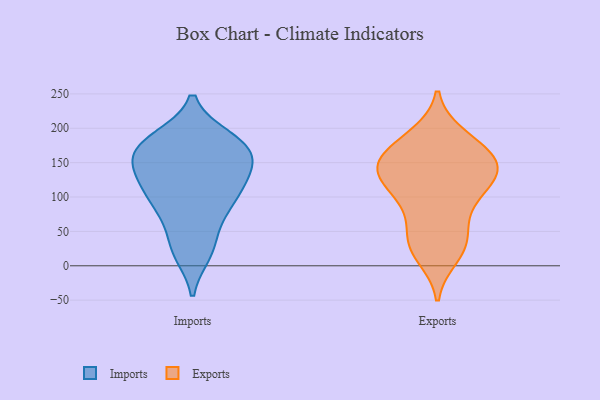
{"axis": {"x": "Satisfaction Score", "y": "Value"}, "legend": ["Exports", "Imports"], "data": [{"x": "", "y": 131, "type": "Imports"}, {"x": "", "y": 110, "type": "Imports"}, {"x": "", "y": 76, "type": "Imports"}, {"x": "", "y": 24, "type": "Imports"}, {"x": "", "y": 127, "type": "Imports"}, {"x": "", "y": 93, "type": "Imports"}, {"x": "", "y": 180, "type": "Imports"}, {"x": "", "y": 95, "type": "Imports"}, {"x": "", "y": 160, "type": "Imports"}, {"x": "", "y": 30, "type": "Imports"}, {"x": "", "y": 19, "type": "Imports"}, {"x": "", "y": 179, "type": "Imports"}, {"x": "", "y": 169, "type": "Imports"}, {"x": "", "y": 147, "type": "Imports"}, {"x": "", "y": 125, "type": "Imports"}, {"x": "", "y": 78, "type": "Imports"}, {"x": "", "y": 178, "type": "Imports"}, {"x": "", "y": 185, "type": "Imports"}, {"x": "", "y": 143, "type": "Imports"}, {"x": "", "y": 170, "type": "Imports"}, {"x": "", "y": 31, "type": "Exports"}, {"x": "", "y": 162, "type": "Exports"}, {"x": "", "y": 14, "type": "Exports"}, {"x": "", "y": 145, "type": "Exports"}, {"x": "", "y": 104, "type": "Exports"}, {"x": "", "y": 139, "type": "Exports"}, {"x": "", "y": 39, "type": "Exports"}, {"x": "", "y": 142, "type": "Exports"}, {"x": "", "y": 137, "type": "Exports"}, {"x": "", "y": 89, "type": "Exports"}, {"x": "", "y": 119, "type": "Exports"}, {"x": "", "y": 126, "type": "Exports"}, {"x": "", "y": 163, "type": "Exports"}, {"x": "", "y": 90, "type": "Exports"}, {"x": "", "y": 52, "type": "Exports"}, {"x": "", "y": 187, "type": "Exports"}, {"x": "", "y": 168, "type": "Exports"}, {"x": "", "y": 141, "type": "Exports"}, {"x": "", "y": 189, "type": "Exports"}, {"x": "", "y": 24, "type": "Exports"}]}